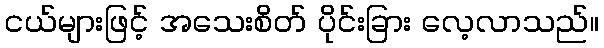
ငယ်များဖြင့် အသေးစိတ် ပိုင်းခြား လေ့လာသည်။